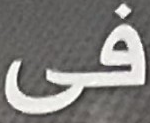
فى